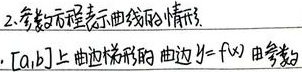
2. 参数方程表示曲线的情形。在\([a,b]\)上曲边梯形的曲边\(y = f(x)\) 由参数